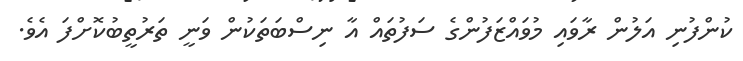
ކުންފުނި އަލުން ރާވައި މުވައްޒަފުންގެ ސަފުތައް އާ ނިސްބަތަކުން ވަނީ ތަރުތީބުކޮށްފަ އެވެ.